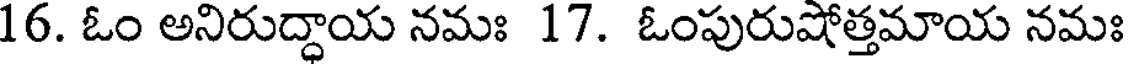
16. ఓం అనిరుద్ధాయ నమః 17. ఓంపురుషోత్తమాయ నమః